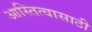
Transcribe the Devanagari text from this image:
आस्तित्वासाठी